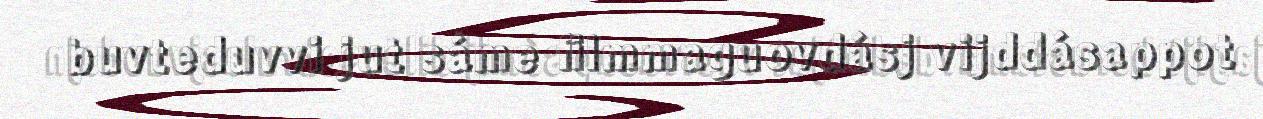
buvteduvvi jut sáme filmmaguovdásj vijddásappot